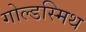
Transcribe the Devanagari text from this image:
गोल्‍डस्‍मिथ